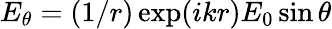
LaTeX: E_{\theta}=(1/r)\exp(ikr)E_{0}\sin\theta